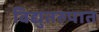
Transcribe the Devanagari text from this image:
विद्युतरुपात